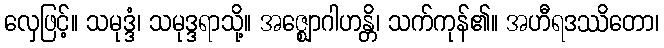
လှေဖြင့်။ သမုဒ္ဒံ၊ သမုဒ္ဒရာသို့။ အဇ္ဈောဂါဟန္တိ၊ သက်ကုန်၏။ အဟီရဒဿိတော၊